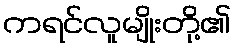
ကရင်လူမျိုးတို့၏